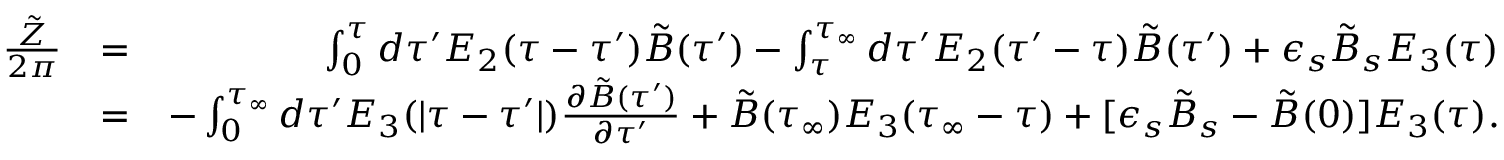
\begin{array} { r l r } { { \frac { \tilde { Z } } { 2 \pi } } } & { = } & { \int _ { 0 } ^ { \tau } d \tau ^ { \prime } E _ { 2 } ( \tau - \tau ^ { \prime } ) \tilde { B } ( \tau ^ { \prime } ) - \int _ { \tau } ^ { \tau _ { \infty } } d \tau ^ { \prime } E _ { 2 } ( \tau ^ { \prime } - \tau ) \tilde { B } ( \tau ^ { \prime } ) + \epsilon _ { s } \tilde { B } _ { s } E _ { 3 } ( \tau ) } \\ & { = } & { - \int _ { 0 } ^ { \tau _ { \infty } } d \tau ^ { \prime } E _ { 3 } ( \vert \tau - \tau ^ { \prime } \vert ) { \frac { \partial \tilde { B } ( \tau ^ { \prime } ) } { \partial \tau ^ { \prime } } } + \tilde { B } ( \tau _ { \infty } ) E _ { 3 } ( \tau _ { \infty } - \tau ) + [ \epsilon _ { s } \tilde { B } _ { s } - \tilde { B } ( 0 ) ] E _ { 3 } ( \tau ) . } \end{array}